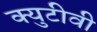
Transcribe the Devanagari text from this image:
क्युटीवी